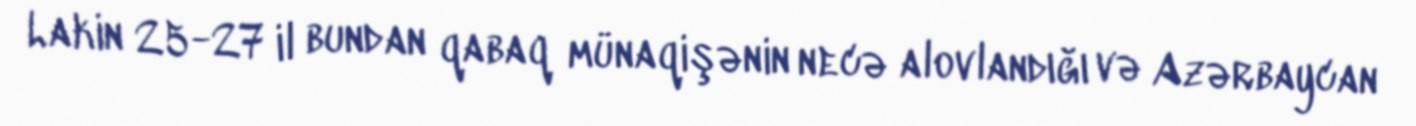
Lakin 25-27 il bundan qabaq münaqişənin necə alovlandığı və Azərbaycan